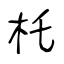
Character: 杔